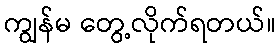
ကျွန်မ တွေ့လိုက်ရတယ်။